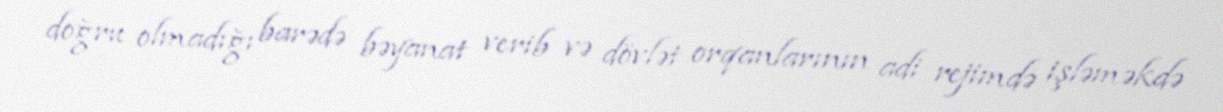
doğru olmadığı barədə bəyanat verib və dövlət orqanlarının adi rejimdə işləməkdə